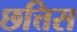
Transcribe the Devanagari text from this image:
छत्तिस